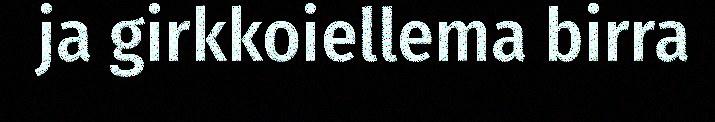
ja girkkoiellema birra